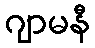
ဂျာမနီ